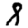
Digit: 8